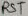
Text: RST